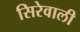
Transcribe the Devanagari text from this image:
सिरेवाली